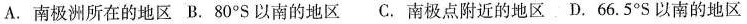
A. 南极洲所在的地区 B. 80°S以南的地区C. 南极点附近的地区D.66.5°S 以南的地区